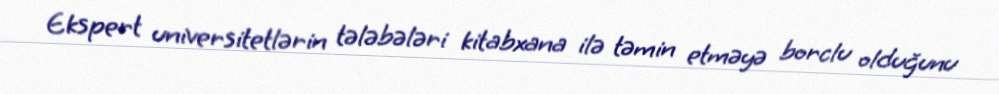
Ekspert universitetlərin tələbələri kitabxana ilə təmin etməyə borclu olduğunu